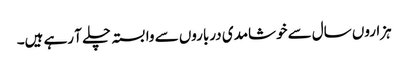
ہزاروں سال سے خوشامدی درباروں سے وابستہ چلے آ رہے ہیں۔